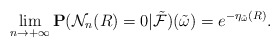
\begin{align*}\lim_{n\rightarrow +\infty}\mathbf P({\mathcal N}_n(R)=0|\tilde{\mathcal F})(\tilde\omega)=e^{-\eta_{\tilde\omega}(R)}.\end{align*}